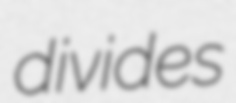
divides